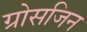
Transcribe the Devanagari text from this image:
ग्रोसजिन